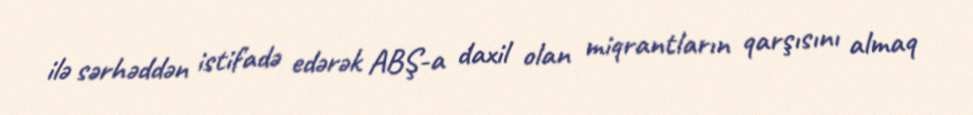
ilə sərhəddən istifadə edərək ABŞ-a daxil olan miqrantların qarşısını almaq